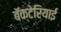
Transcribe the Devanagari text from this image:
बॅक्टेरियाई